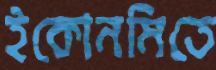
ইকোনমিতে